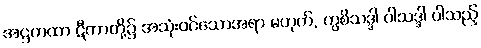
အဋ္ဌကထာ ဋီကာတို့၌ အသုံးဝင်သောအရာ မဟုတ်, ကွစိသဒ္ဒါ ဝါသဒ္ဒါ ပါသည့်